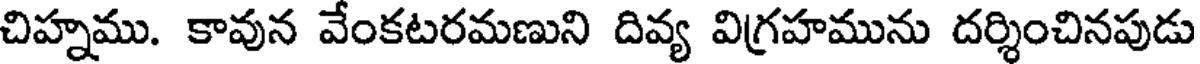
చిహ్నము. కావున వేంకటరమణుని దివ్య విగ్రహమును దర్శించినపుడు